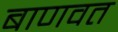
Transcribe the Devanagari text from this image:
बाणवत